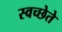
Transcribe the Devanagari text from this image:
स्वच्छेते